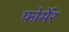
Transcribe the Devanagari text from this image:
फोर्मेर